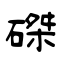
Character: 磔